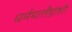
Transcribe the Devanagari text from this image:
धर्ममार्तंडांशी